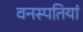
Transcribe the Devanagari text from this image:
वनस्‍पतियां